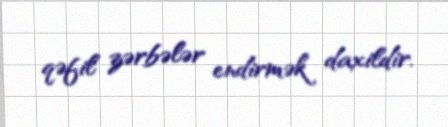
qəfil zərbələr endirmək daxildir.